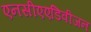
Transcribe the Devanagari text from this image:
एनसीएएडिवीजन